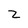
Character: Z